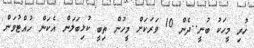
ހުރި މީހަކު ބުނީ..ދެން 10 ވަރަަކަށް މީހުން ތިބީ ކުޅިބަލަން އެކަން ހުއްޓުވަން